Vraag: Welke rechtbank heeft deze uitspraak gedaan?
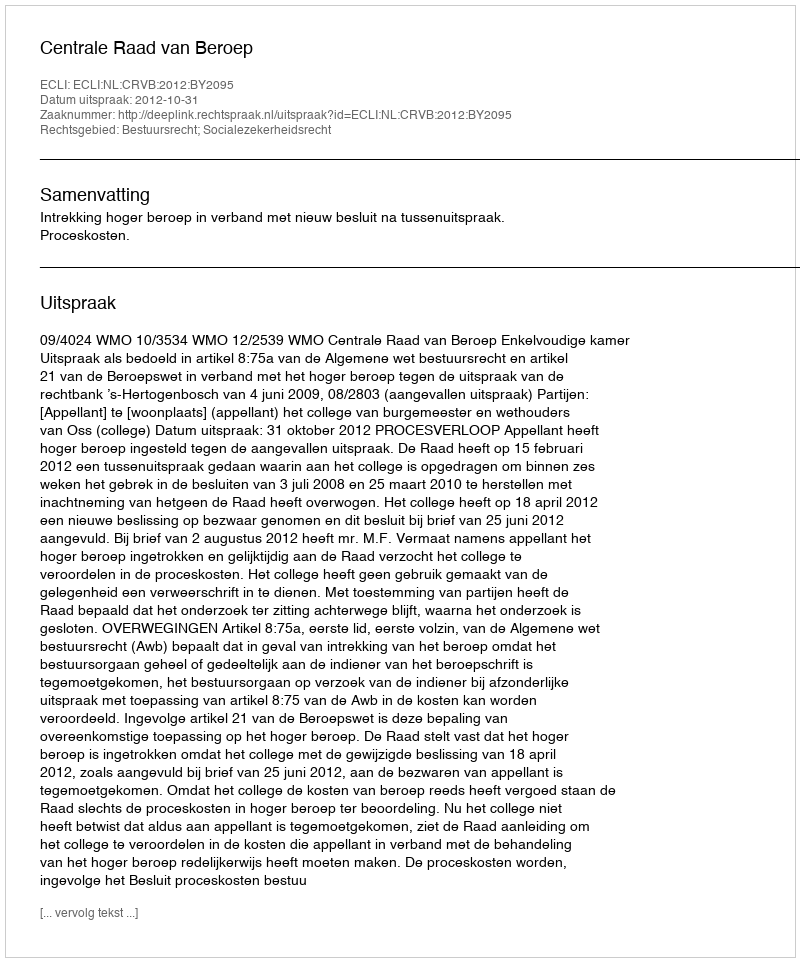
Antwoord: Centrale Raad van Beroep